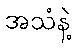
အသံနဲ့